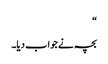
“
بچہ نے جواب دیا۔